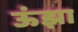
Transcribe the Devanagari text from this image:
ऊंझा